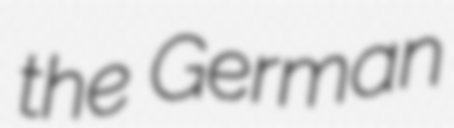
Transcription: the German